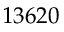
1 3 6 2 0